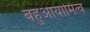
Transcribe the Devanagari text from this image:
बहुआयामित्व